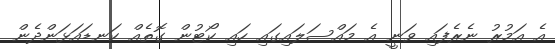
އެ އަމުރު ނެރެފައި ވަނީ އެ މައްސަލައިގައި ހައި ކޯޓުން ގޮތެއް ކަނޑައަޅަންދެން